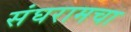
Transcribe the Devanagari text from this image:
संघरामचा